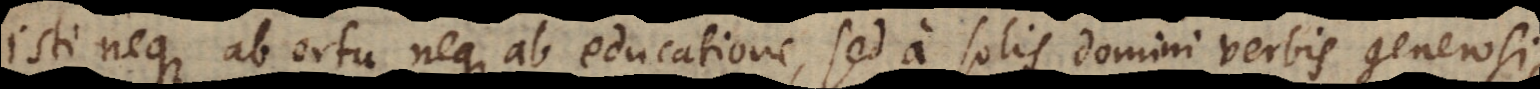
isti neque ab ortu neque ab educatione, sed a solis Domini verbis generosi,